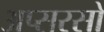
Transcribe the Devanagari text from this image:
अप्सरसो